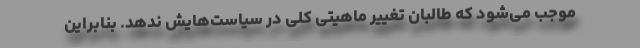
موجب می‌شود که طالبان تغییر ماهیتی کلی در سیاست‌هایش ندهد. بنابراین